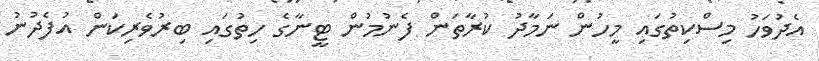
އެދުވަހު މިސްކިތުގައި މީހުން ނަމާދު ކުރާތަން ފެނުމުން ޓީނާގެ ހިތުގައި ބިރުވެރިކަން އުފެދުނު